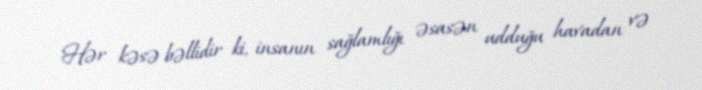
Hər kəsə bəllidir ki, insanın sağlamlığı əsasən udduğu havadan və